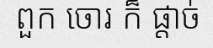
ពួក ចោរ ក៏ ផ្តាច់